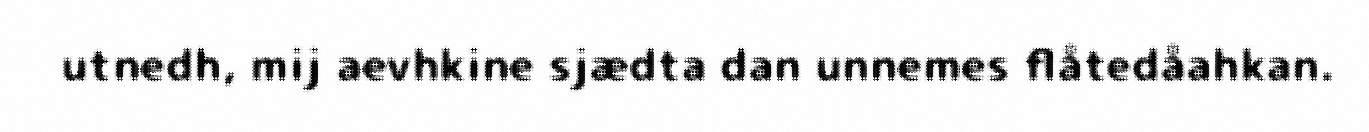
utnedh, mij aevhkine sjædta dan unnemes flåtedåahkan.